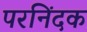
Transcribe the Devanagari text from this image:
परनिंदक